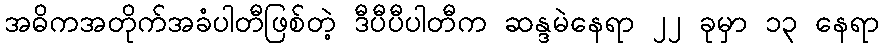
အဓိကအတိုက်အခံပါတီဖြစ်တဲ့ ဒီပီပီပါတီက ဆန္ဒမဲနေရာ ၂၂ ခုမှာ ၁၃ နေရာ